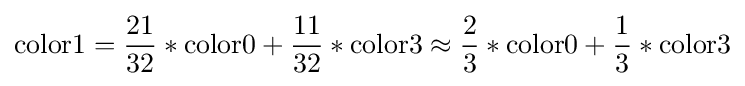
\mathrm {color1} ={\frac {21}{32}}*\mathrm {color0} +{\frac {11}{32}}*\mathrm {color3} \approx {\frac {2}{3}}*\mathrm {color0} +{\frac {1}{3}}*\mathrm {color3}